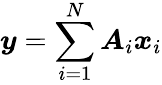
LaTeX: \boldsymbol{y}=\sum_{i=1}^{N}{\boldsymbol{A}_{i}}{\boldsymbol{x}_{i}}